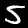
Digit: 5